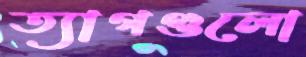
ত্যাগগুলো